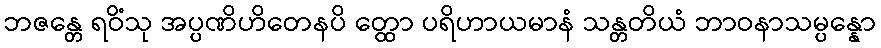
ဘဇန္တေ ရဝိံသု အပ္ပဏိဟိတေနပိ တ္ထော ပရိဟာယမာနံ သန္တတိယံ ဘာဝနာသမ္ပန္နော